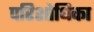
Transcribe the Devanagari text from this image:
परिशोधिका